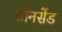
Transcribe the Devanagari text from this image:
टॉनसेंड